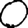
Digit: 0